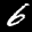
Label: 6